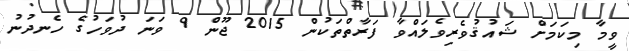
ވީމާ މިކަމަށް ޝައުޤުވެރިވެލައްވާ ފަރާތްތަކުން 2015 ޖޫން 9 ވަނަ ދުވަހުގެ ހެނދުނު